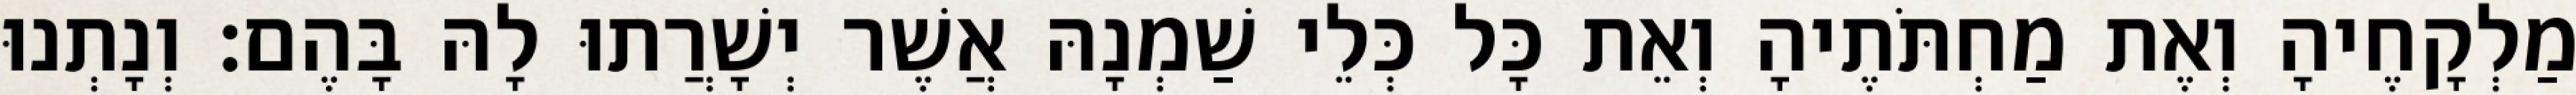
מַלְקָחֶיהָ וְאֶת מַחְתֹּתֶיהָ וְאֵת כָּל כְּלֵי שַׁמְנָהּ אֲשֶׁר יְשָׁרֲתוּ לָהּ בָּהֶם׃ וְנָתְנוּ